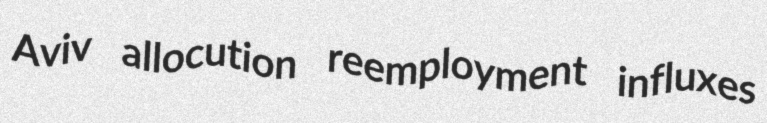
Aviv allocution reemployment influxes